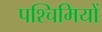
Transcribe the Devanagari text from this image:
पश्चिमियों